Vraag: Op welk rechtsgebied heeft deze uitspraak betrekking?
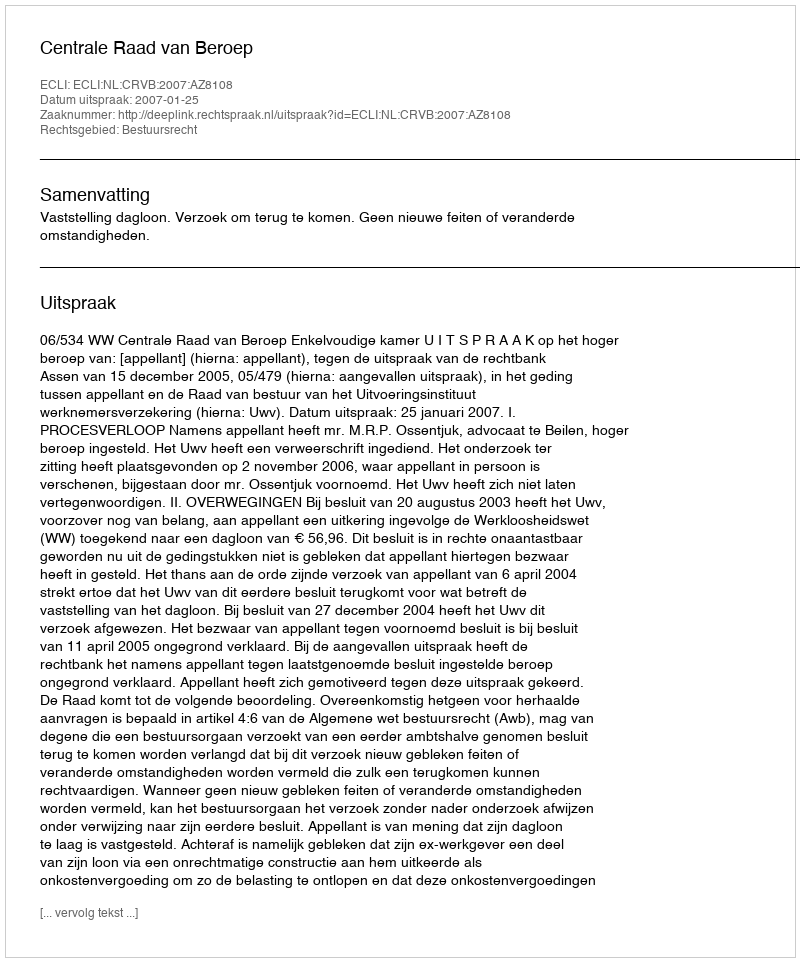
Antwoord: Bestuursrecht